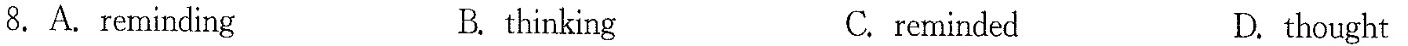
8.A.reminding B. thinking C. reminded D.thought